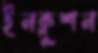
ইনক্লুশন